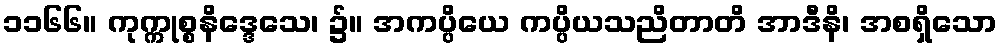
၁၁၆၆။ ကုက္ကုစ္စနိဒ္ဒေသေ၊ ၌။ အကပ္ပိယေ ကပ္ပိယသညိတာတိ အာဒီနိ၊ အစရှိသော